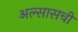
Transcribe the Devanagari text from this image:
अल्सासची